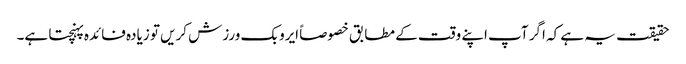
حقیقت یہ ہے کہ اگر آپ اپنے وقت کے مطابق خصوصاً ایروبک ورزش کریں تو زیادہ فائدہ پہنچتا ہے۔